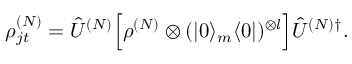
\rho _ { j t } ^ { ( N ) } = \hat { U } ^ { ( N ) } \Big [ \rho ^ { ( N ) } \otimes ( | 0 \rangle _ { m } \langle 0 | ) ^ { \otimes l } \Big ] \hat { U } ^ { ( N ) \dagger } .